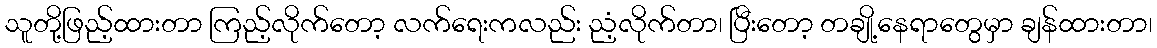
သူတို့ဖြည့်ထားတာ ကြည့်လိုက်တော့ လက်ရေးကလည်း ညံ့လိုက်တာ၊ ပြီးတော့ တချို့နေရာတွေမှာ ချန်ထားတာ၊